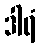
ဒါရံ